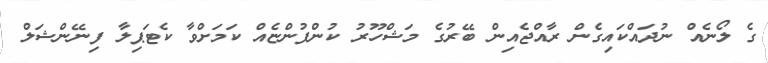
ގެ ލޯނެއް ނުދައްކައިގެން ރާއްޖެއިން ބޭރުގެ މަޝްހޫރު ކުންފުންޏެއް ކަމަށްވާ ކެޓަޕިލާ ފިނޭންޝަލް